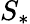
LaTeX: S_{*}